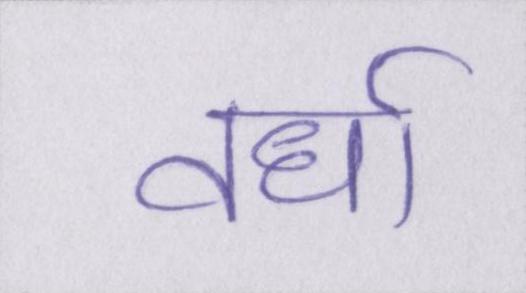
वर्धा